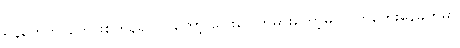
ရန်တွေဘာတွေဖြစ်ကုန်ရင် ငါတော့ ပြေးပေါက်မှားတော့မှာပဲ ဟုတွေးနေခိုက်မှာ